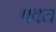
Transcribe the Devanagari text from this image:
पवत